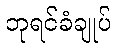
ဘုရင်ခံချုပ်